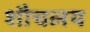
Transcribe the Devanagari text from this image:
शौचलय